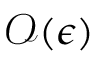
\mathcal { O } ( \epsilon )